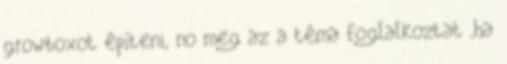
growboxot építeni, no meg az a téma foglalkoztat ,ha